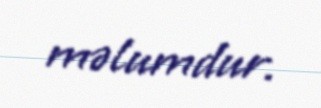
məlumdur.